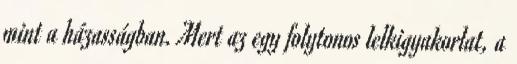
mint a házasságban. Mert az egy folytonos lelkigyakorlat, a